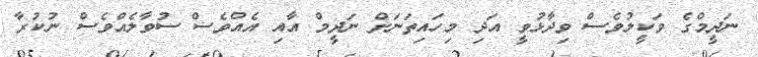
ނަދީމްގެ ވަކީލުވެސް ވިދާޅުވީ އަދި މިހައިތަނަށް ނަދީމް އާއި އެއްވެސް ސުވާލެއްވެސް ނުކުރާ